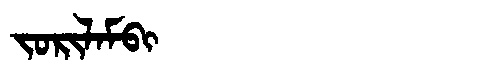
Manchu: ᠵᠣᡵᡳᠯᠠᠮᠪᡳ
Romanization: JORILAMBI